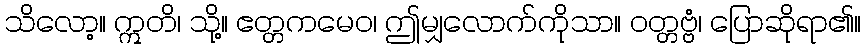
သိလော့။ ဣတိ၊ သို့။ ဧတ္တကမေဝ၊ ဤမျှလောက်ကိုသာ။ ဝတ္တဗ္ဗံ၊ ပြောဆိုရာ၏။